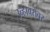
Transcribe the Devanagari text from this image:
उन्हाबरोबर